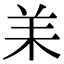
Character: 𦍎